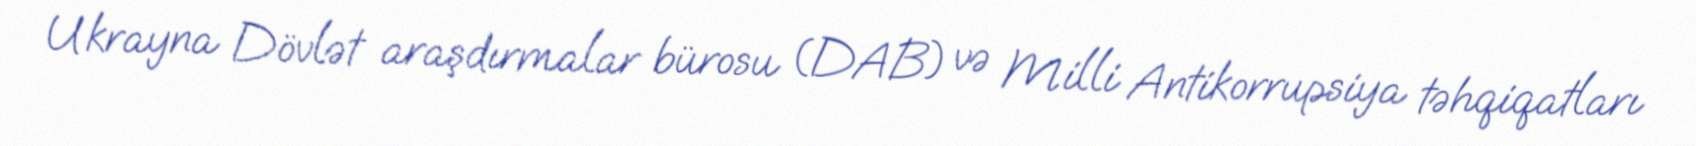
Ukrayna Dövlət araşdırmalar bürosu (DAB) və Milli Antikorrupsiya təhqiqatları